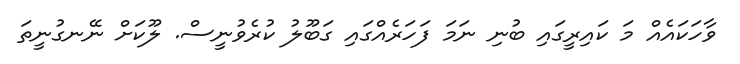
ވާހަކައެއް މަ ކައިރީގައި ބުނި ނަމަ ފަހަރެއްގައި ގަބޫލު ކުރެވުނީސް. ލޫކަށް ނޭނގުނީތަ